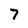
Character: 7